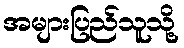
အများပြည်သူသို့